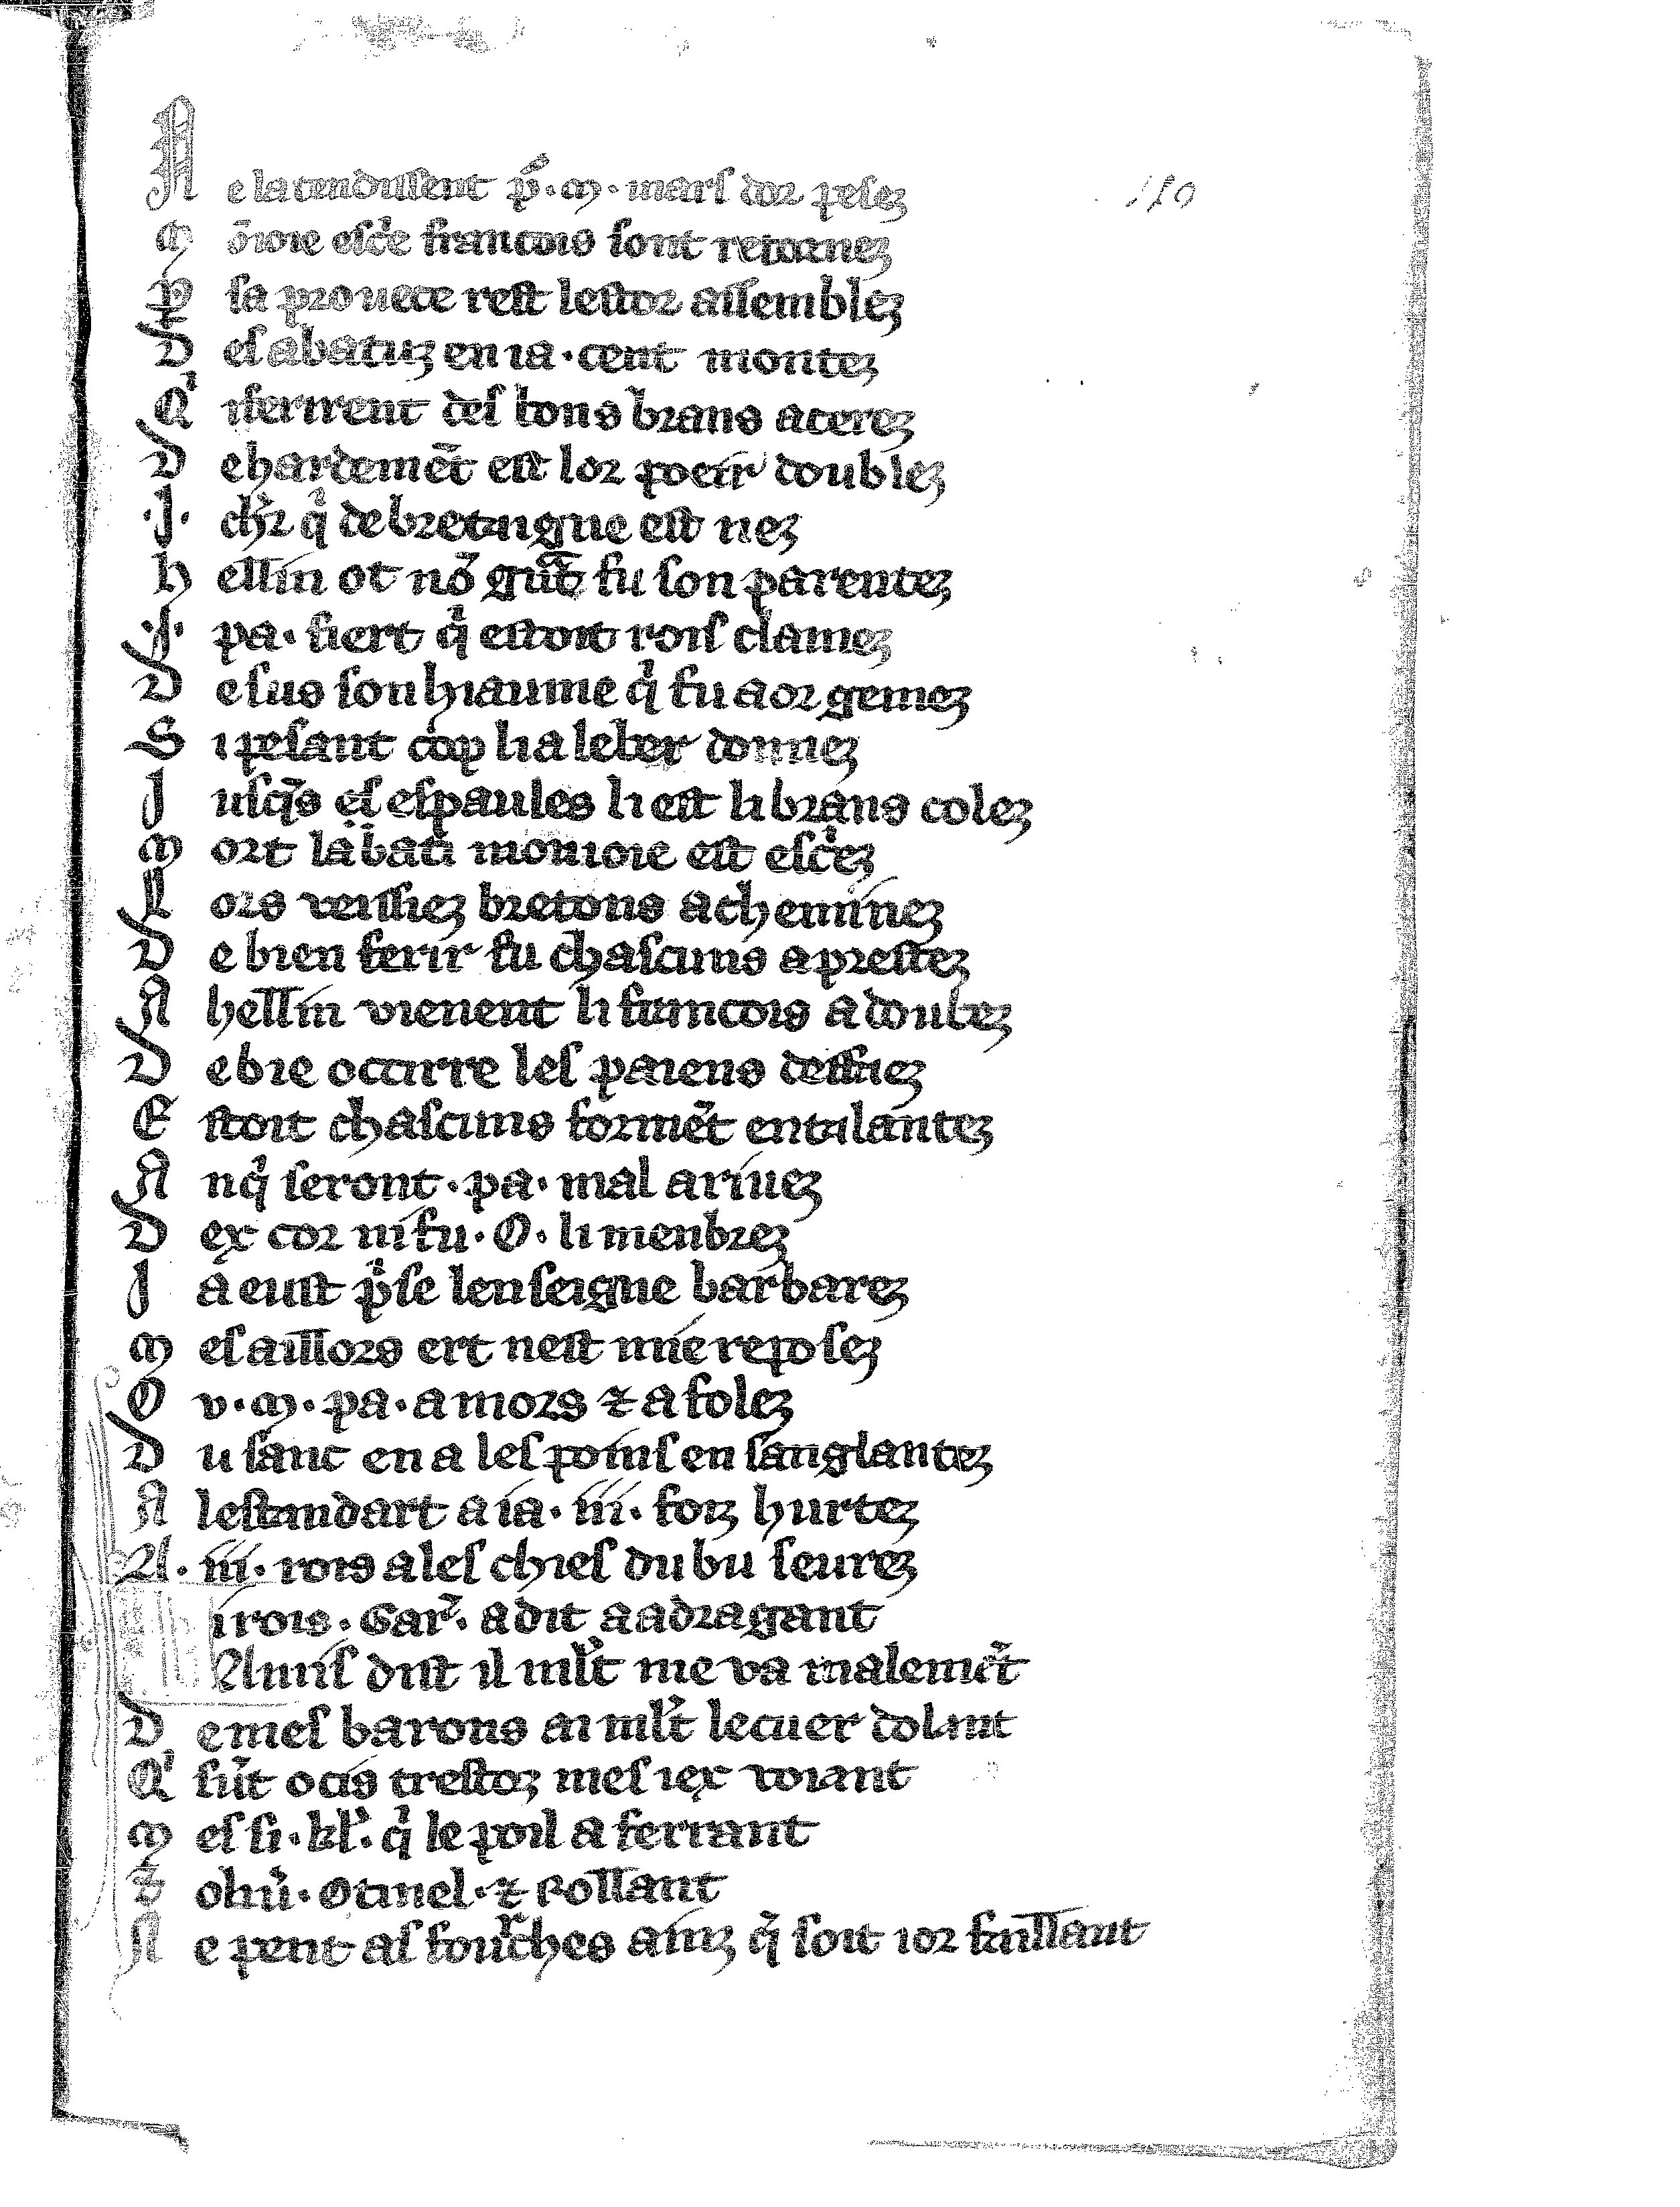
Shelfmark: Vatican, Biblioteca apostolica vaticana, Reg.lat. 1616
Century: 14